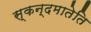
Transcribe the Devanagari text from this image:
स्कन्दमातेति